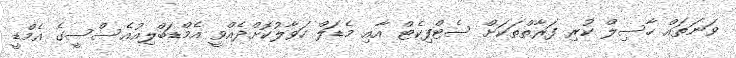
ވަނަތައް ހާސިލް ކުރި ފަރާތްތަކަށް ސެޓްފިކެޓް އާއި މެޑަލް ހަވާލުކޮށްދެއްވީ އެމްޑަބްލިއުއެސްސީގެ އެމްޑީ